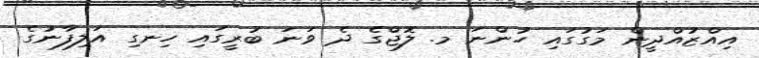
އިއްޒުއްދީން މަގުގައި ހުންނަ މ. ލޮޖްގެ ދެ ވަނަ ބުރީގައި ހިނގި އަލިފާނުގެ